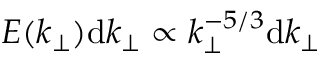
E ( k _ { \perp } ) \mathrm { d } k _ { \perp } \propto k _ { \perp } ^ { - 5 / 3 } \mathrm { d } k _ { \perp }